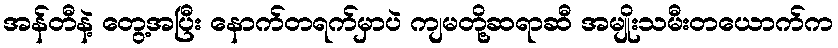
အန်တီနဲ့ တွေ့အပြီး နောက်တရက်မှာပဲ ကျမတို့ဆရာဆီ အမျိုးသမီးတယောက်က